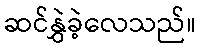
ဆင်နွှဲခဲ့လေသည်။